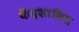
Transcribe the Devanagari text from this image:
केँद्रशासित